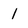
Character: 1